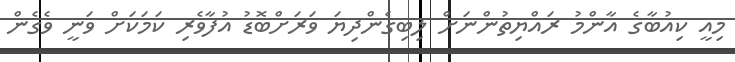
މިއީ ކިއުބާގެ އާންމު ރައްޔިތުންނަށް ލިބިގެންދިޔަ ވަރަށްބޮޑު އުފާވެރި ކަމަކަށް ވަނީ ވެގެން